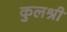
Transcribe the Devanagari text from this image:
कुलश्री